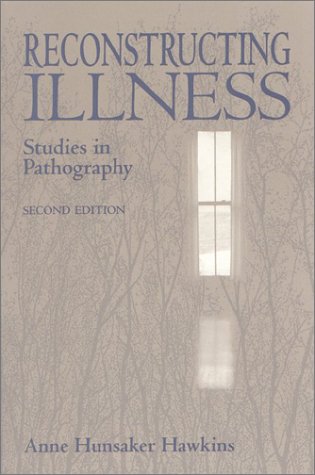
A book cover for Reconstructing Illness: Studies in Pathography; Anne Hunsaker Hawkins; Health, Fitness & Dieting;